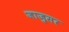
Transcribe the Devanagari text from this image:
जाजुसर